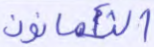
الثمانون